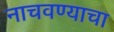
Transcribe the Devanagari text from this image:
नाचवण्याचा